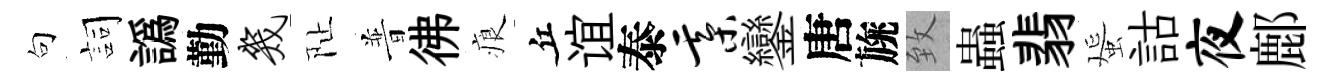
句詞譌勤几阯普彿痕丘谊泰綦鑾唐旐致蟲翡蜑詁夜鄜